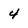
Character: 4